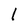
Character: l